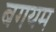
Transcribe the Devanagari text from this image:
बगयम